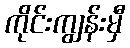
ကိုင်းကျွန်းမှီ